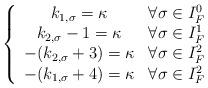
LaTeX: \begin{align*} \left\{ \begin{array}{cc} k_{1,\sigma}=\kappa & \forall \sigma \in I_F^0 \\k_{2,\sigma}-1=\kappa & \forall \sigma \in I_F^1\\-(k_{2,\sigma}+3)=\kappa & \forall \sigma \in I_F^2 \\-(k_{1,\sigma}+4)=\kappa & \forall \sigma \in I_F^2\end{array}\right.\end{align*}